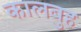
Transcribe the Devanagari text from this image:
कालबुह